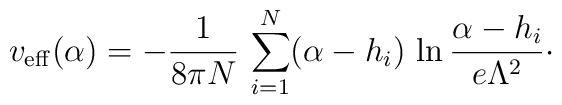
v_{\rm eff}(\alpha) = -{1\over 8\pi N}\, \sum_{i=1}^{N} (\alpha -h_{i})\, \ln {\alpha -h_{i}\over e\Lambda^{2}}\cdotp